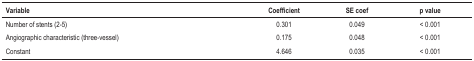
<table><thead><tr><td><b>Variable</b></td><td><b>Coefficient</b></td><td><b>SE coef</b></td><td><b>p value</b></td></tr></thead><tbody><tr><td>Number of stents (2-5)</td><td>0.301</td><td>0.049</td><td>&lt; 0.001</td></tr><tr><td>Angiographic characteristic(three-vessel)</td><td>0.175</td><td>0.048</td><td>&lt; 0.001</td></tr><tr><td>Constant</td><td>4.646</td><td>0.035</td><td>&lt; 0.001</td></tr></tbody></table>